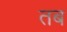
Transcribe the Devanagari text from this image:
तब